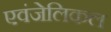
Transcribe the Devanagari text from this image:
एवंजेलिकल